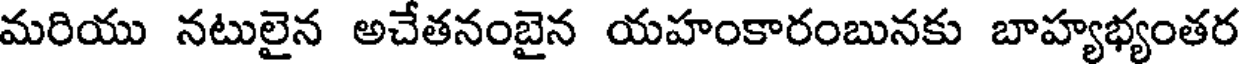
మరియు నటులైన అచేతనంబైన యహంకారంబునకు బాహ్యభ్యంతర